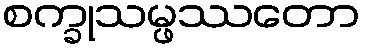
စက္ခုသမ္ဖဿတော